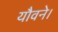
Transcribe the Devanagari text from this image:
यौवने।